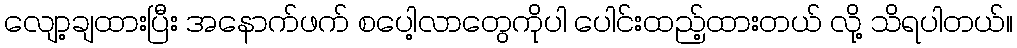
လျော့ချထားပြီး အနောက်ဖက် စပေါ့လာတွေကိုပါ ပေါင်းထည့်ထားတယ် လို့ သိရပါတယ်။